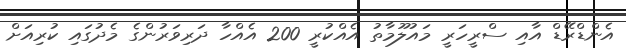
އެންޑްރޭޑް އާއި ސްރީހަރީ މައުލޫމާތު އެއްކުރީ 200 އެއްހާ ދަރިވަރުންގެ މެދުގައި ކުރިއަށް